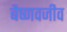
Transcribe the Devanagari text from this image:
बैष्णवजीव